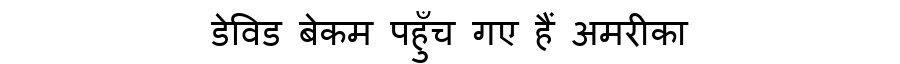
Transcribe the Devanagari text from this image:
डेविड बेकम पहुँच गए हैं अमरीका